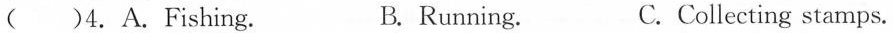
()4.A.Fishing. B. Running. C.Collecting stamps.